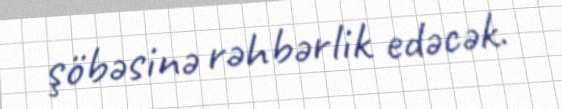
şöbəsinə rəhbərlik edəcək.